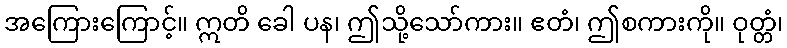
အကြေားကြောင့်။ ဣတိ ခေါ ပန၊ ဤသို့သော်ကား။ ဧတံ၊ ဤစကားကို။ ဝုတ္တံ၊